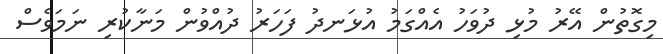
މިގޮތުން އޭރު މުޅި ދުވަހު އެއްގަމު އުޅަނދު ފަހަރު ދުއްވުން މަނާކުރި ނަމަވެސް